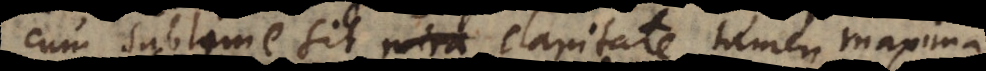
cum sublime sitmira, claritate tamen maxima